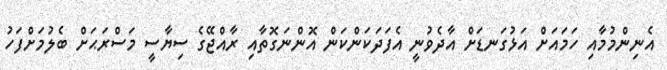
އެނިންމުމާއި ހަމައަށް އަޅުގަނޑަށް އާދެވުނީ އެފަދަކަންކަން އޮންނަގޮތާއި ރާއްޖޭގެ ސިޔާސީ މަސްރަޙަށް ބެލުމަށްފަހު